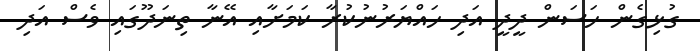
ގުޅިގެން ހަސަން ދީދީ އަދި ހައްޔަރުނުކުރާ ކަމަށާއި އޭނާ ތިނަދޫގައި ވެސް އަދި